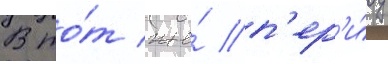
В то́т же́ п'ер'и́од